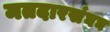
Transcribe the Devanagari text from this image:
मतदारसंघघ